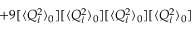
+ 9 [ \langle Q _ { i } ^ { 2 } \rangle _ { 0 } ] [ \langle Q _ { i } ^ { 2 } \rangle _ { 0 } ] [ \langle Q _ { i } ^ { 2 } \rangle _ { 0 } ] [ \langle Q _ { i } ^ { 2 } \rangle _ { 0 } ]